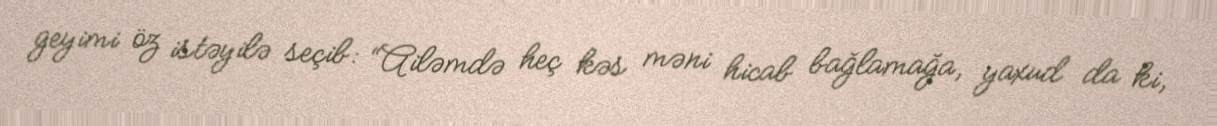
geyimi öz istəyilə seçib: “Ailəmdə heç kəs məni hicab bağlamağa, yaxud da ki,